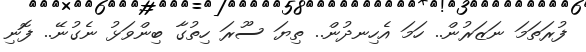
ފުރަތަމަ ނަޒަރުން.. ހަމަ އެހިނދުން.. ތިޔަ ސޫރަ ހިތުގާ ބިންވަޅު ނެގުނޭ.. ފޮނި